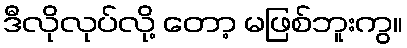
ဒီလိုလုပ်လို့ တော့ မဖြစ်ဘူးကွ။